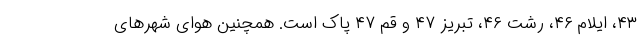
۴۳، ایلام ۴۶، رشت ۴۶، تبریز ۴۷ و قم ۴۷ پاک است. همچنین هوای شهرهای